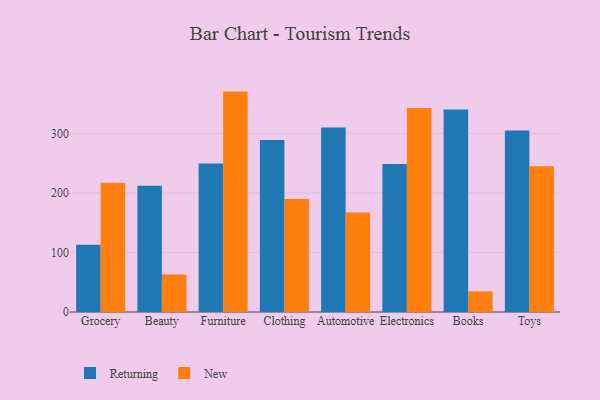
{"axis": {"x": "Category", "y": "Energy Usage (MWh)"}, "legend": ["New", "Returning"], "data": [{"x": "Grocery", "y": 112.8, "type": "Returning"}, {"x": "Grocery", "y": 217.1, "type": "New"}, {"x": "Beauty", "y": 212.2, "type": "Returning"}, {"x": "Beauty", "y": 63.0, "type": "New"}, {"x": "Furniture", "y": 249.5, "type": "Returning"}, {"x": "Furniture", "y": 370.2, "type": "New"}, {"x": "Clothing", "y": 288.9, "type": "Returning"}, {"x": "Clothing", "y": 189.9, "type": "New"}, {"x": "Automotive", "y": 309.8, "type": "Returning"}, {"x": "Automotive", "y": 167.3, "type": "New"}, {"x": "Electronics", "y": 248.5, "type": "Returning"}, {"x": "Electronics", "y": 342.7, "type": "New"}, {"x": "Books", "y": 340.2, "type": "Returning"}, {"x": "Books", "y": 34.7, "type": "New"}, {"x": "Toys", "y": 305.0, "type": "Returning"}, {"x": "Toys", "y": 245.0, "type": "New"}]}